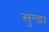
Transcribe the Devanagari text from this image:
सुन्डा